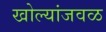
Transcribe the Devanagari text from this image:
खोल्यांजवळ